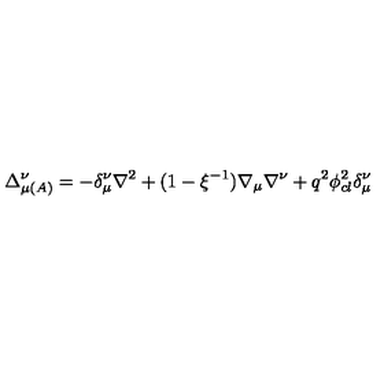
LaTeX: \Delta _ { \mu \left( A \right) } ^ { \nu } = - \delta _ { \mu } ^ { \nu } \nabla ^ { 2 } + ( 1 - \xi ^ { - 1 } ) \nabla _ { \mu } \nabla ^ { \nu } + q ^ { 2 } \phi _ { c l } ^ { 2 } \delta _ { \mu } ^ { \nu }